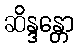
ဆိန္ဒန္တော